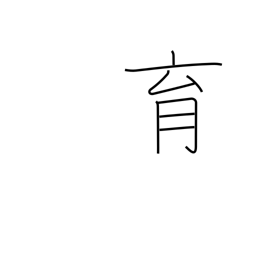
Meaning: bring up